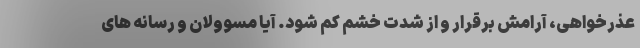
عذرخواهی، آرامش برقرار و از شدت خشم کم شود. آیا مسوولان و رسانه های